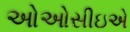
ઓઓસીઇએ